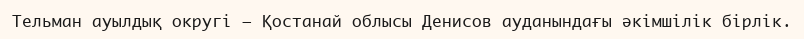
Тельман ауылдық округі – Қостанай облысы Денисов ауданындағы әкімшілік бірлік.